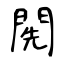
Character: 𨴐